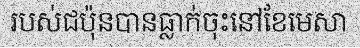
របស់ជប៉ុនបានធ្លាក់ចុះនៅខែមេសា